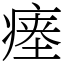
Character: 瘗